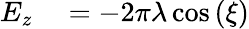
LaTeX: \begin{array}{rl}{E_{z}}&{{}=-2\pi\lambda\cos\left(\xi\right)}\end{array}